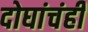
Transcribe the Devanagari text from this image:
दोघांचंही